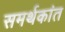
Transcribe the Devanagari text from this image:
समर्थकांत